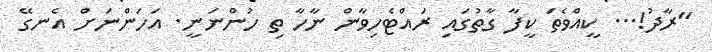
"ރާދު!... ކީއްވެތަ ކީފާ ގާތުގައި ރައްޓެހިވާން ނާހާ ތި ހުންނަނީ. އަހަންނަށް އެނގޭ